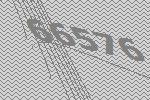
66576